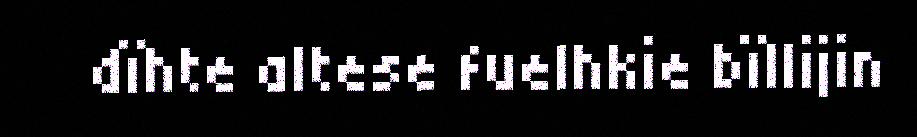
dïhte altese fuelhkie bïllijin